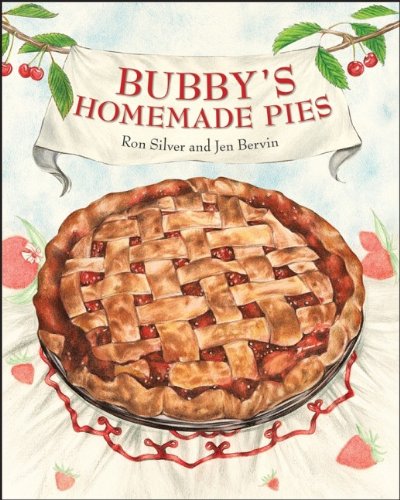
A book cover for Bubby's Homemade Pies; Ron Silver; Cookbooks, Food & Wine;